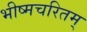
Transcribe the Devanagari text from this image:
भीष्मचरितम्